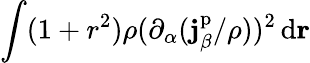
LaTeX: \int(1+r^{2})\rho(\partial_{\alpha}(\mathbf{j}_{\beta}^{\mathrm{p}}/\rho))^{2}\, \mathrm{d}\mathbf{r}